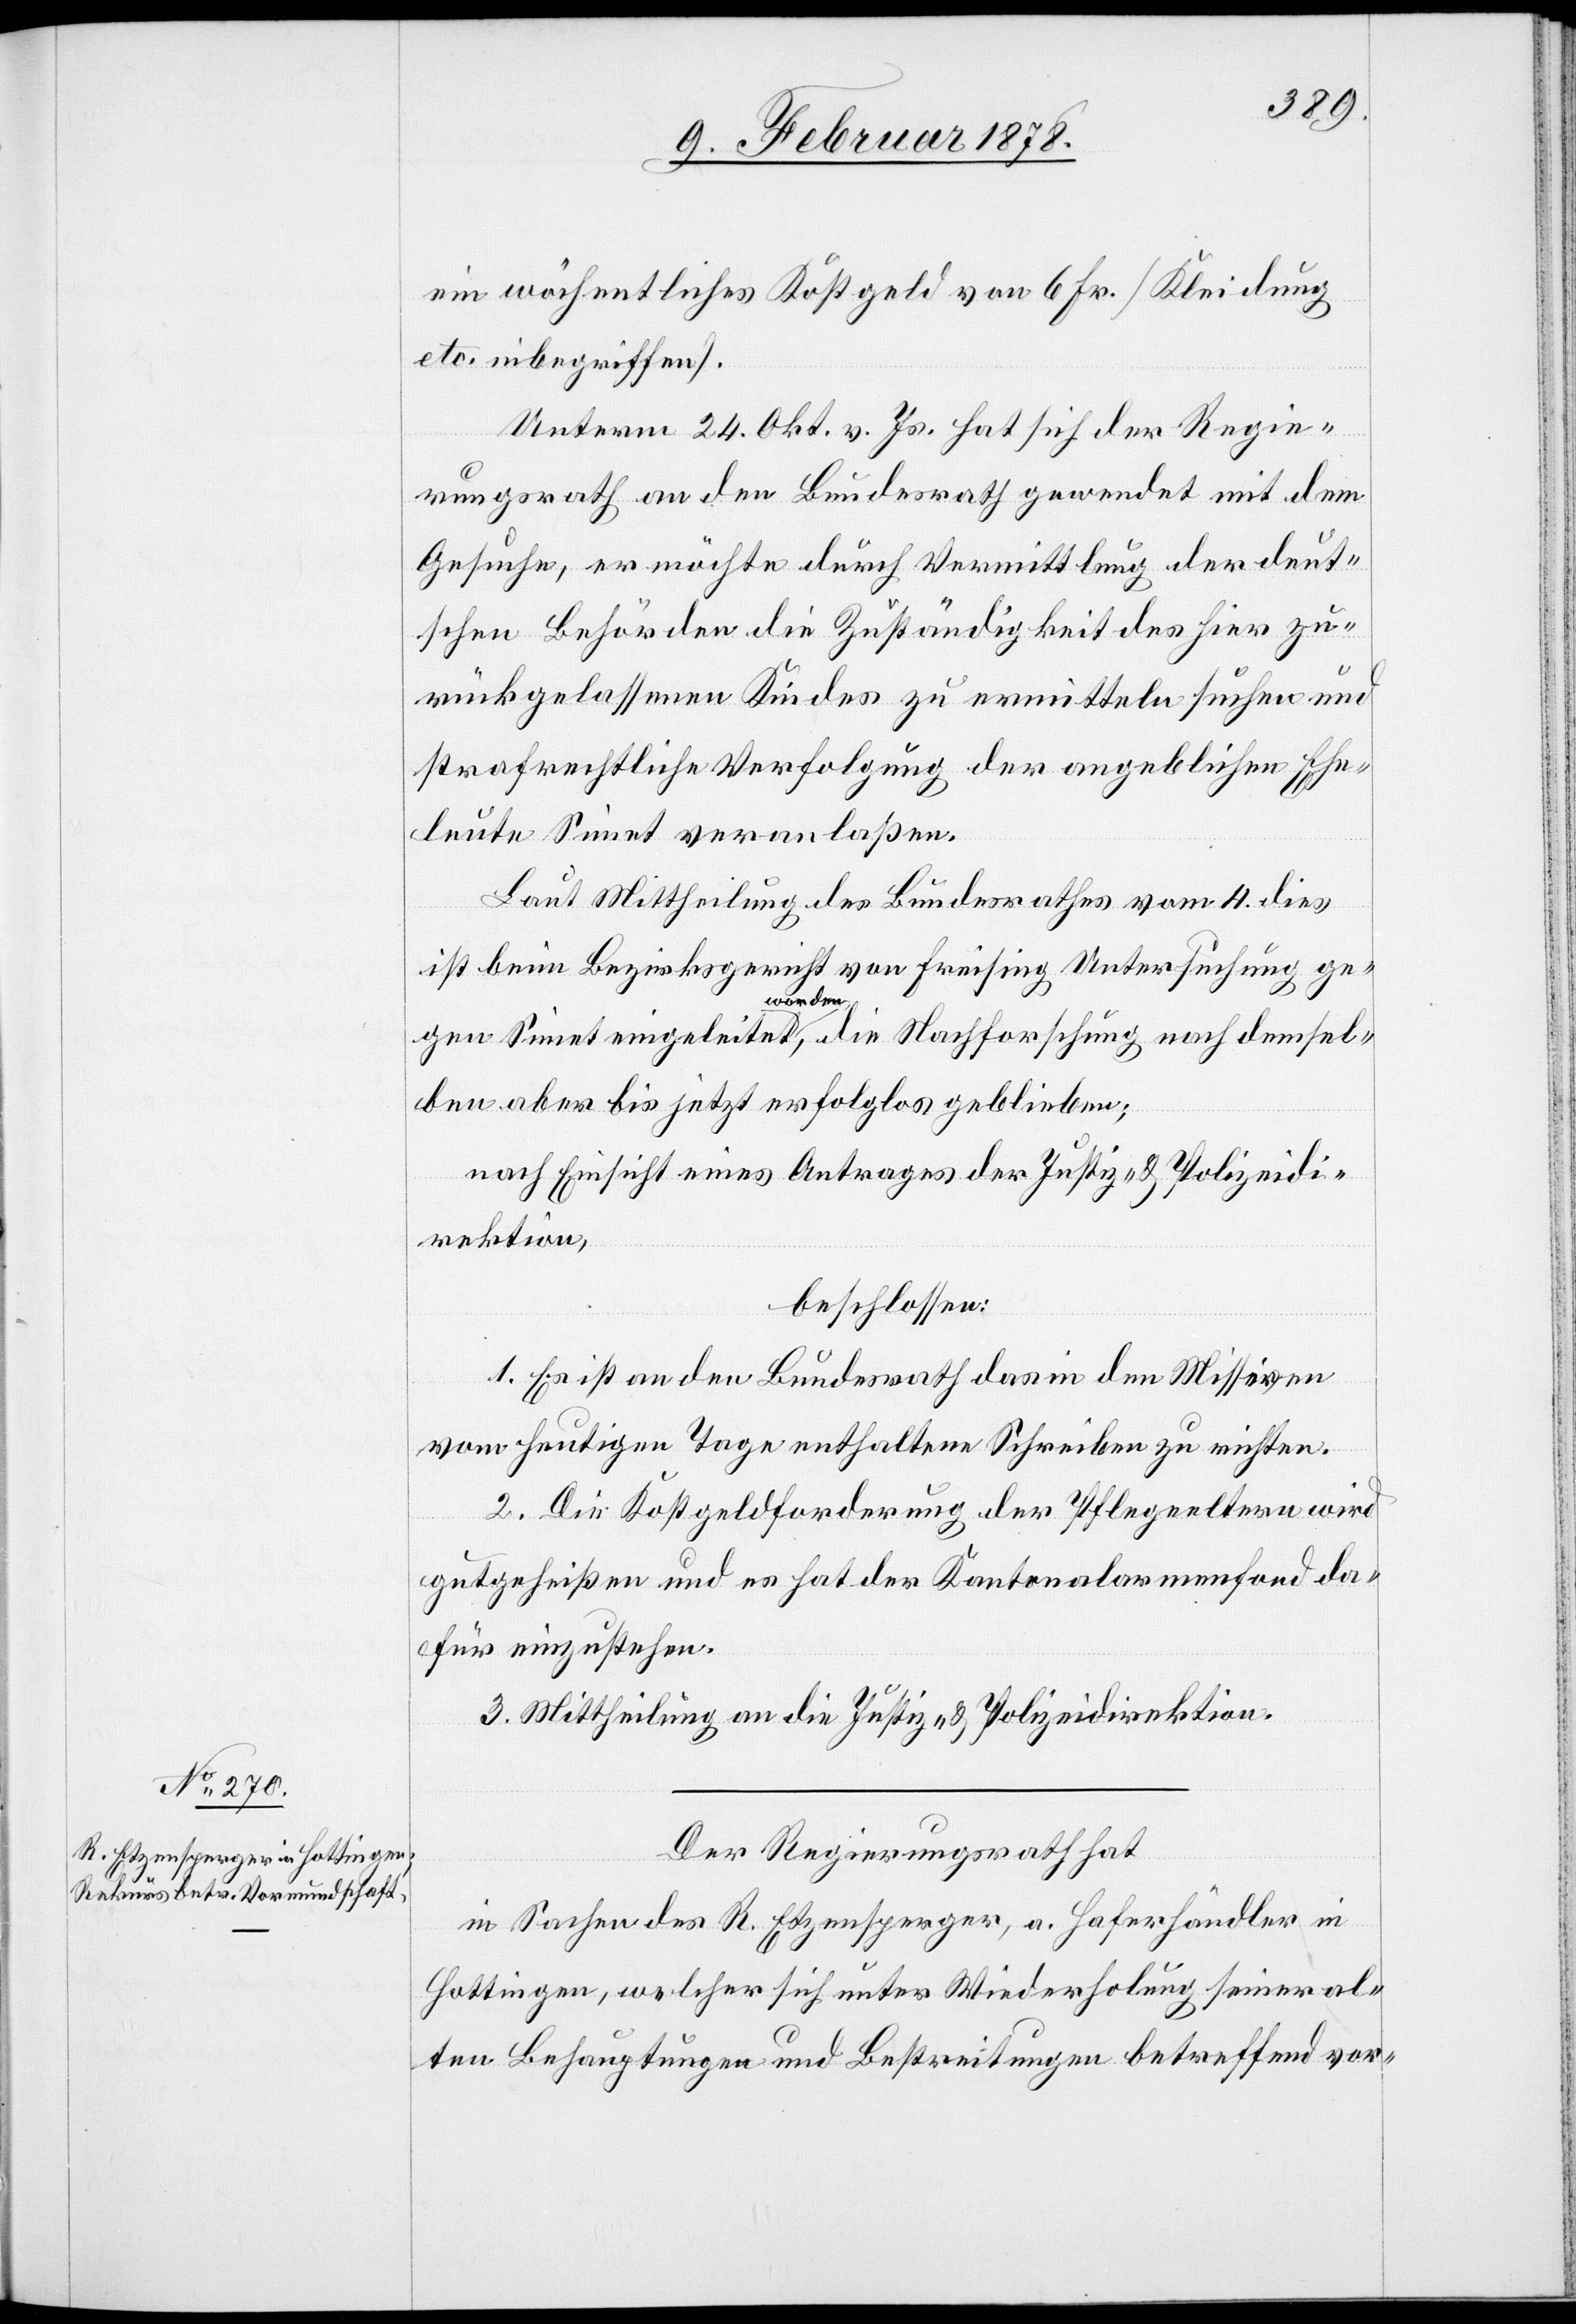
ein wöchentliches Kostgeld von 6 Fr. (Kleidung
etc. inbegriffen).
Unterm 24. Okt. v. Js. hat sich der Regie¬
rungsrath an den Bundesrath gewendet mit dem
Gesuche, er möchte durch Vermittlung der deut¬
schen Behörden die Zuständigkeit des hier zu¬
rückgelassenen Kindes zu ermitteln suchen und
strafrechtliche Verfolgung der angeblichen Ehe¬
leute Simet veranlaßen.
Laut Mittheilung des Bundesrathes vom 4. dies
ist beim Bezirksgericht von Freising Untersuchung ge¬
gen Simet eingeleitet worden, die Nachforschung nach demsel¬
ben aber bis jetzt erfolglos geblieben;
nach Einsicht eines Antrages der Justiz- & Polizeidi¬
rektion,
beschlossen:
1. Es ist an den Bundesrath das in den Missiven
vom heutigen Tage enthaltene Schreiben zu richten.
2. Die Kostgeldforderung der Pflegeeltern wird
gutgeheißen und es hat der Kantonalarmenfond da¬
für einzustehen.
3. Mittheilung an die Justiz- & Polizeidirektion.
Der Regierungsrath hat,
in Sachen des R. Etzensberger, a. Fahrhändler in
Hottingen, welcher sich unter Wiederholung seiner al¬
ten Behauptungen und Bestreitungen betreffend vor-